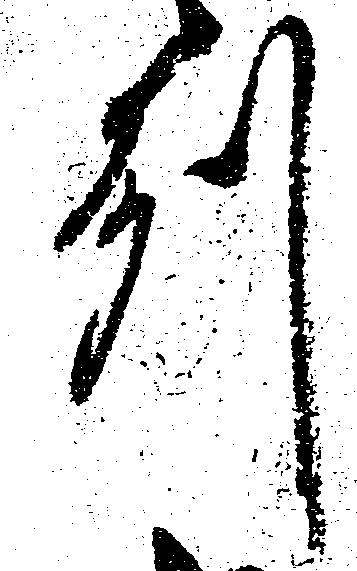
州